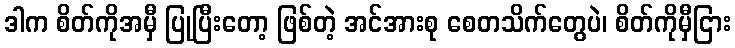
ဒါက စိတ်ကိုအမှီ ပြုပြီးတော့ ဖြစ်တဲ့ အင်အားစု စေတသိက်တွေပဲ၊ စိတ်ကိုမှီငြား